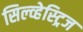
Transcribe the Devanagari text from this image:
सिल्व्हेस्ट्रिज